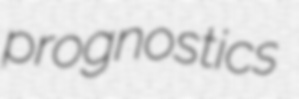
prognostics